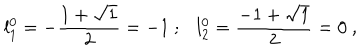
LaTeX: { l _ { 1 } ^ { 0 } } = - \frac { 1 + \sqrt { 1 } } { 2 } = - 1 ~ ; { l _ { 2 } ^ { 0 } } = \frac { - 1 + \sqrt { 1 } } { 2 } = 0 ~ ,